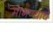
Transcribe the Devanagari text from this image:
मागण्याचे